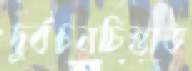
দুর্বচনচিন্তাভ